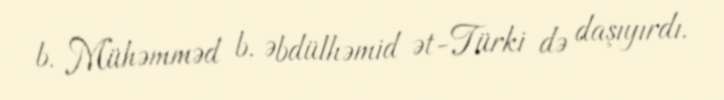
b. Mühəmməd b. Əbdülhəmid ət-Türki də daşıyırdı.